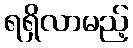
ရရှိလာမည့်